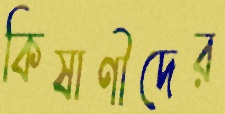
কিষাণীদের